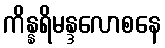
ကိန္နရိမန္ဒလောစနေ